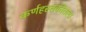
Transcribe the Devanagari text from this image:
कर्णहस्तकीतला